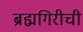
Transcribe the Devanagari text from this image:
ब्रह्मगिरीची